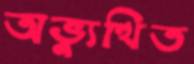
অভ্যুত্থিত